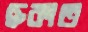
ছকাত